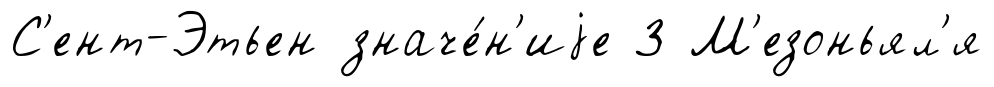
С'ент-Этьен значе́н'иjе 3 М'езоньял'я